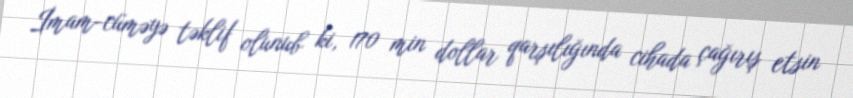
İmam-cüməyə təklif olunub ki, 170 min dollar qarşılığında cihada çağırış etsin